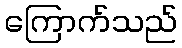
ကြောက်သည်